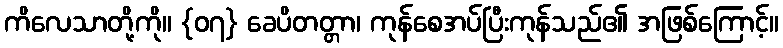
ကိလေသာတို့ကို။ {၀၇} ခေပိတတ္တာ၊ ကုန်စေအပ်ပြီးကုန်သည်၏ အဖြစ်ကြောင့်။